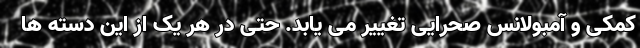
کمکی و آمبولانس صحرایی تغییر می یابد. حتی در هر یک از این دسته ها